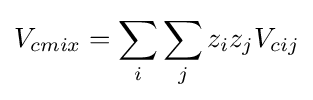
V_{cmix}=\sum _{i}\sum _{j}z_{i}z_{j}V_{cij}